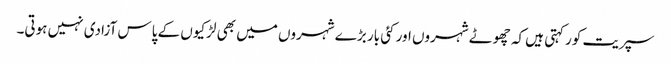
سپریت کور کہتی ہیں کہ چھوٹے شہروں اور کئی بار بڑے شہروں میں بھی لڑکیوں کے پاس آزادی نہیں ہوتی۔